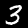
Digit: 3